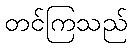
တင်ကြသည်